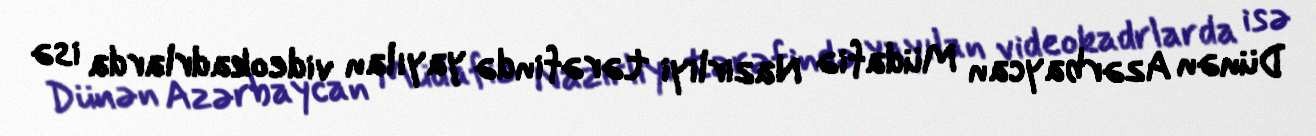
Dünən Azərbaycan Müdafiə Nazirliyi tərəfində yayılan videokadrlarda isə